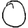
Digit: 0